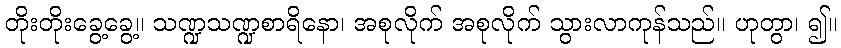
တိုးတိုးခွေ့ခွေ့။ သဏ္ဍသဏ္ဍစာရိနော၊ အစုလိုက် အစုလိုက် သွားလာကုန်သည်။ ဟုတွာ၊ ၍။